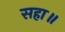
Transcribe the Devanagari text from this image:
सहा॥